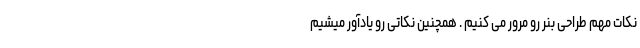
نکات مهم طراحی بنر رو مرور می کنیم . همچنین نکاتی رو یادآور میشیم